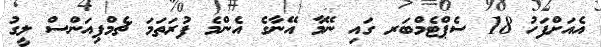
އެއަށްފަހު 18 ސެޕްޓެމްބަރ ގައި ނޭމާ އޭނާގެ އެންމެ ފުރަތަމަ ޗެމްޕިއަންސް ލީގު